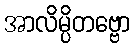
အာလိမ္ပိတဗ္ဗော